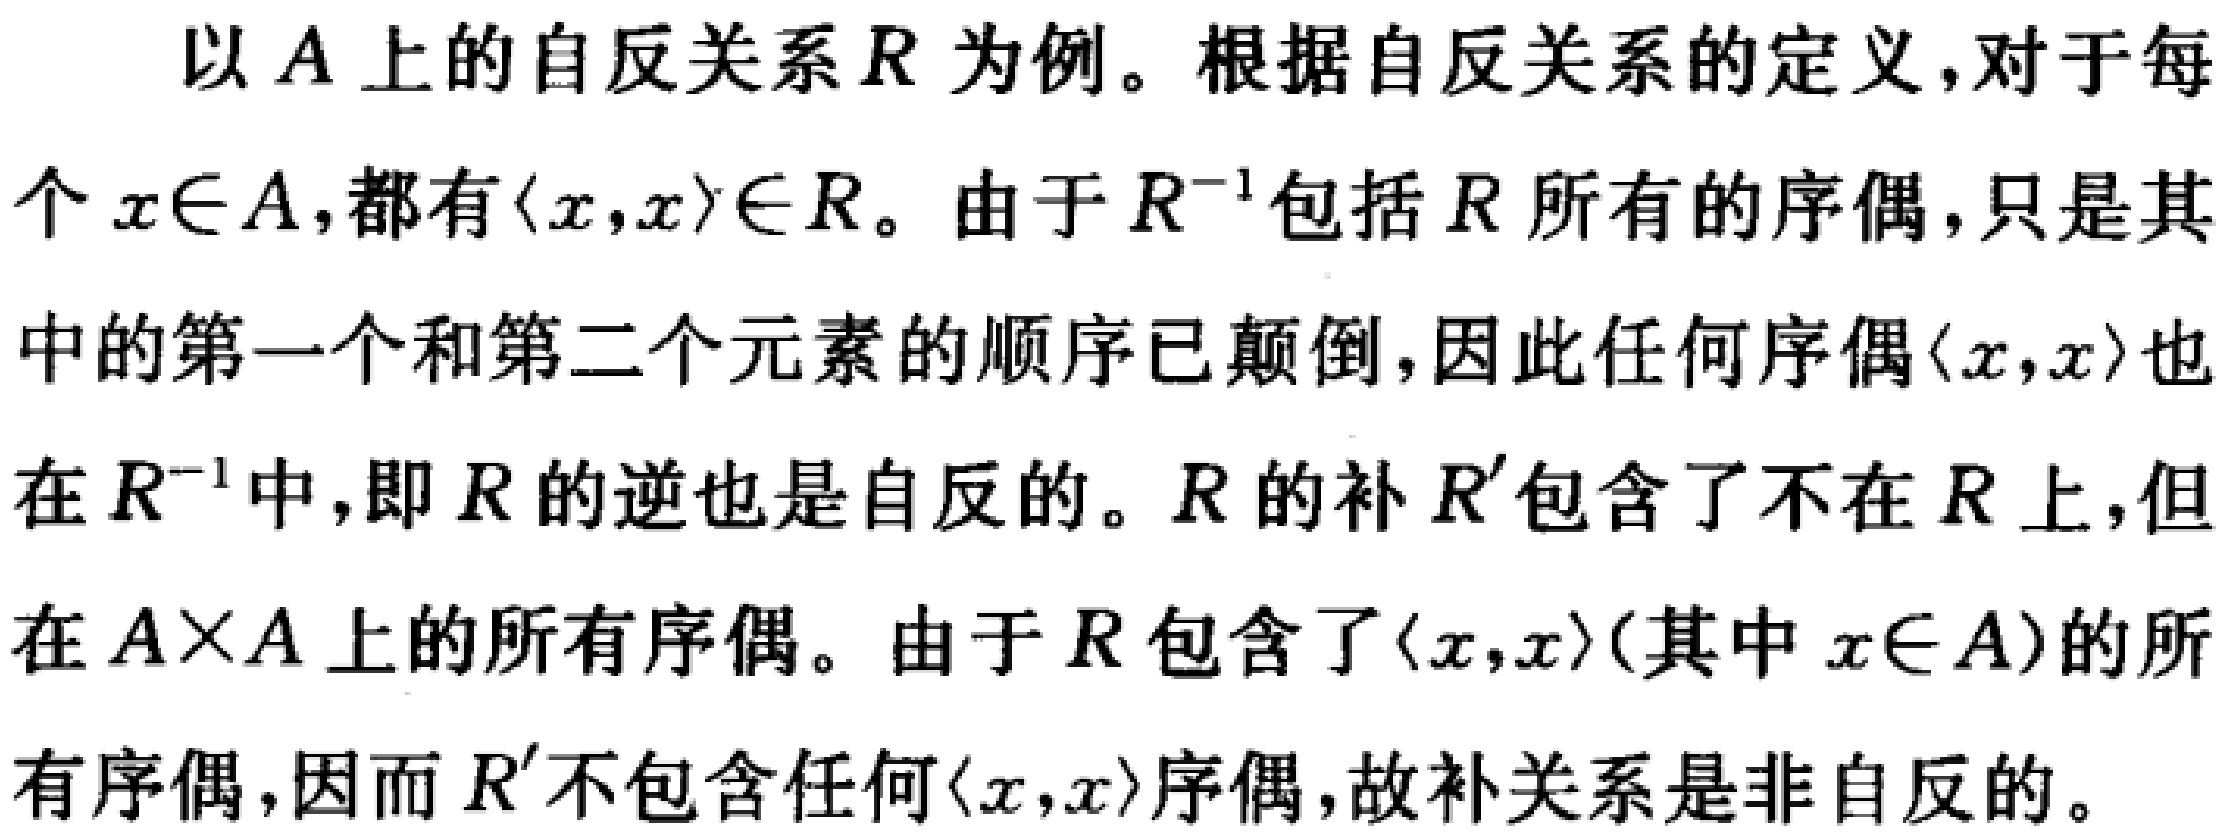
以\(A\)上的自反关系\(R\)为例。根据自反关系的定义，对于每个\(x\in A\)，都有\(\langle x,x\rangle\in R\)。由于\(R^{-1}\)包括\(R\)所有的序偶，只是其中的第一个和第二个元素的顺序已颠倒，因此任何序偶\(\langle x,x\rangle\)也在\(R^{-1}\)中，即\(R\)的逆也是自反的。\(R\)的补\(R'\)包含了不在\(R\)上，但在\(A\times A\)上的所有序偶。由于\(R\)包含了\(\langle x,x\rangle\)（其中\(x\in A\)）的所有序偶，因而\(R'\)不包含任何\(\langle x,x\rangle\)序偶，故补关系是非自反的。